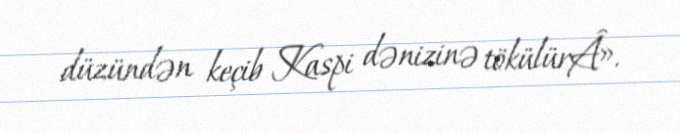
düzündən keçib Kaspi dənizinə tökülürÂ».